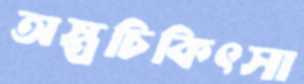
অস্ত্রচিকিৎসা